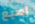
اصبع